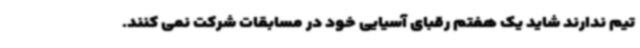
تیم ندارند شاید یک هفتم رقبای آسیایی خود در مسابقات شرکت نمی کنند.